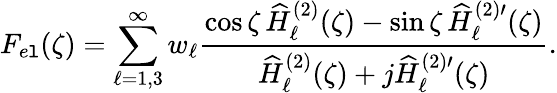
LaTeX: F_{e\mathtt{l}}(\zeta)=\sum_{\ell=1,3}^{\infty}w_{\ell}\frac{{\cos\zeta\, \widehat{{H}}_{\ell}^{(2)}(\zeta)-\sin\zeta\, \widehat{{H}}_{\ell}^{(2)\prime}(\zeta)}}{{\widehat{{H}}_{\ell}^{(2)}(\zeta)+j\widehat{{H}}_{\ell}^{(2)\prime}(\zeta)}}.